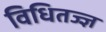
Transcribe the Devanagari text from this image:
विधितज्‍ज्ञ